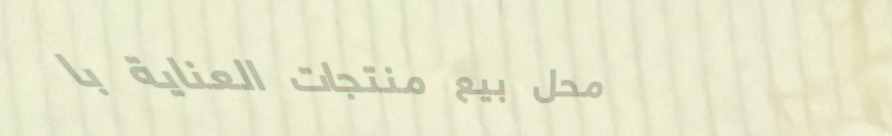
محل بيع منتجات العناية با